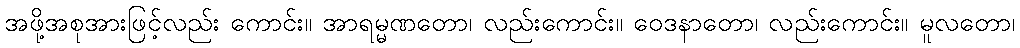
အဖို့အစုအားဖြင့်လည်း ကောင်း။ အာရမ္မဏတော၊ လည်းကောင်း။ ဝေဒနာတော၊ လည်းကောင်း။ မူလတော၊